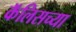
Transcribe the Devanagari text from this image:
कॅलिसच्या